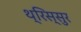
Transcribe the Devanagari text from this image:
थ्रिस्सुर